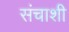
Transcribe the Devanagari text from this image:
संचाशी